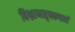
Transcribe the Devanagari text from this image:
विभ्राणसृक्कपालं